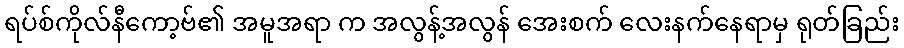
ရပ်စ်ကိုလ်နီကော့ဗ်၏ အမူအရာ က အလွန့်အလွန် အေးစက် လေးနက်နေရာမှ ရုတ်ခြည်း